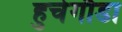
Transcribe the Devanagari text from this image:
हुचेगौडा